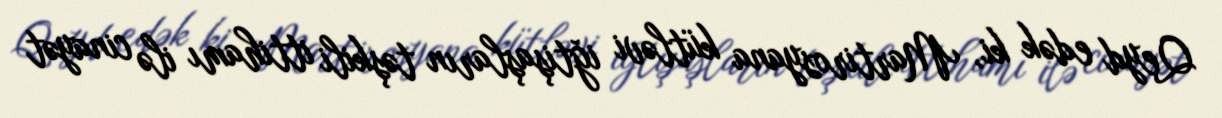
Qeyd edək ki, Martirosyana kütləvi iğtişaşların təşkili ittihamı ilə cinayət